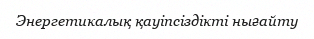
Энергетикалық қаyіпсіздікті нығайту